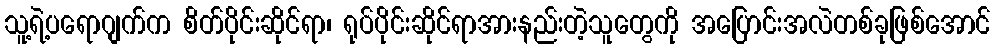
သူ့ရဲ့ပရောဂျက်က စိတ်ပိုင်းဆိုင်ရာ၊ ရုပ်ပိုင်းဆိုင်ရာအားနည်းတဲ့သူတွေကို အပြောင်းအလဲတစ်ခုဖြစ်အောင်